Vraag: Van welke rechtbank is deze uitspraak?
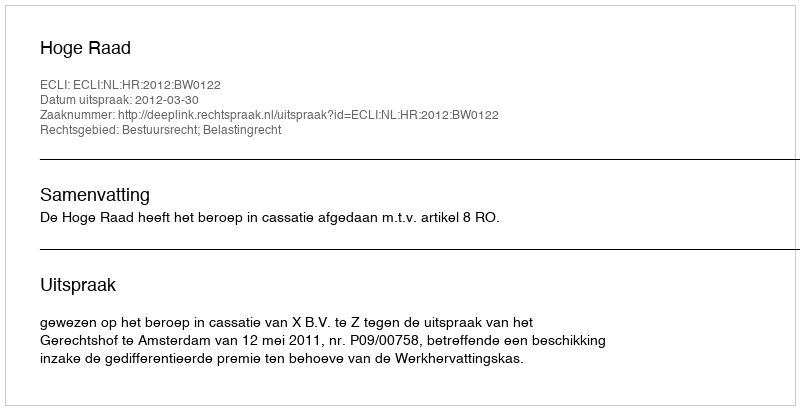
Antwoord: Hoge Raad